Ajakirja_Uliopilasleht_toimetus, lk 35
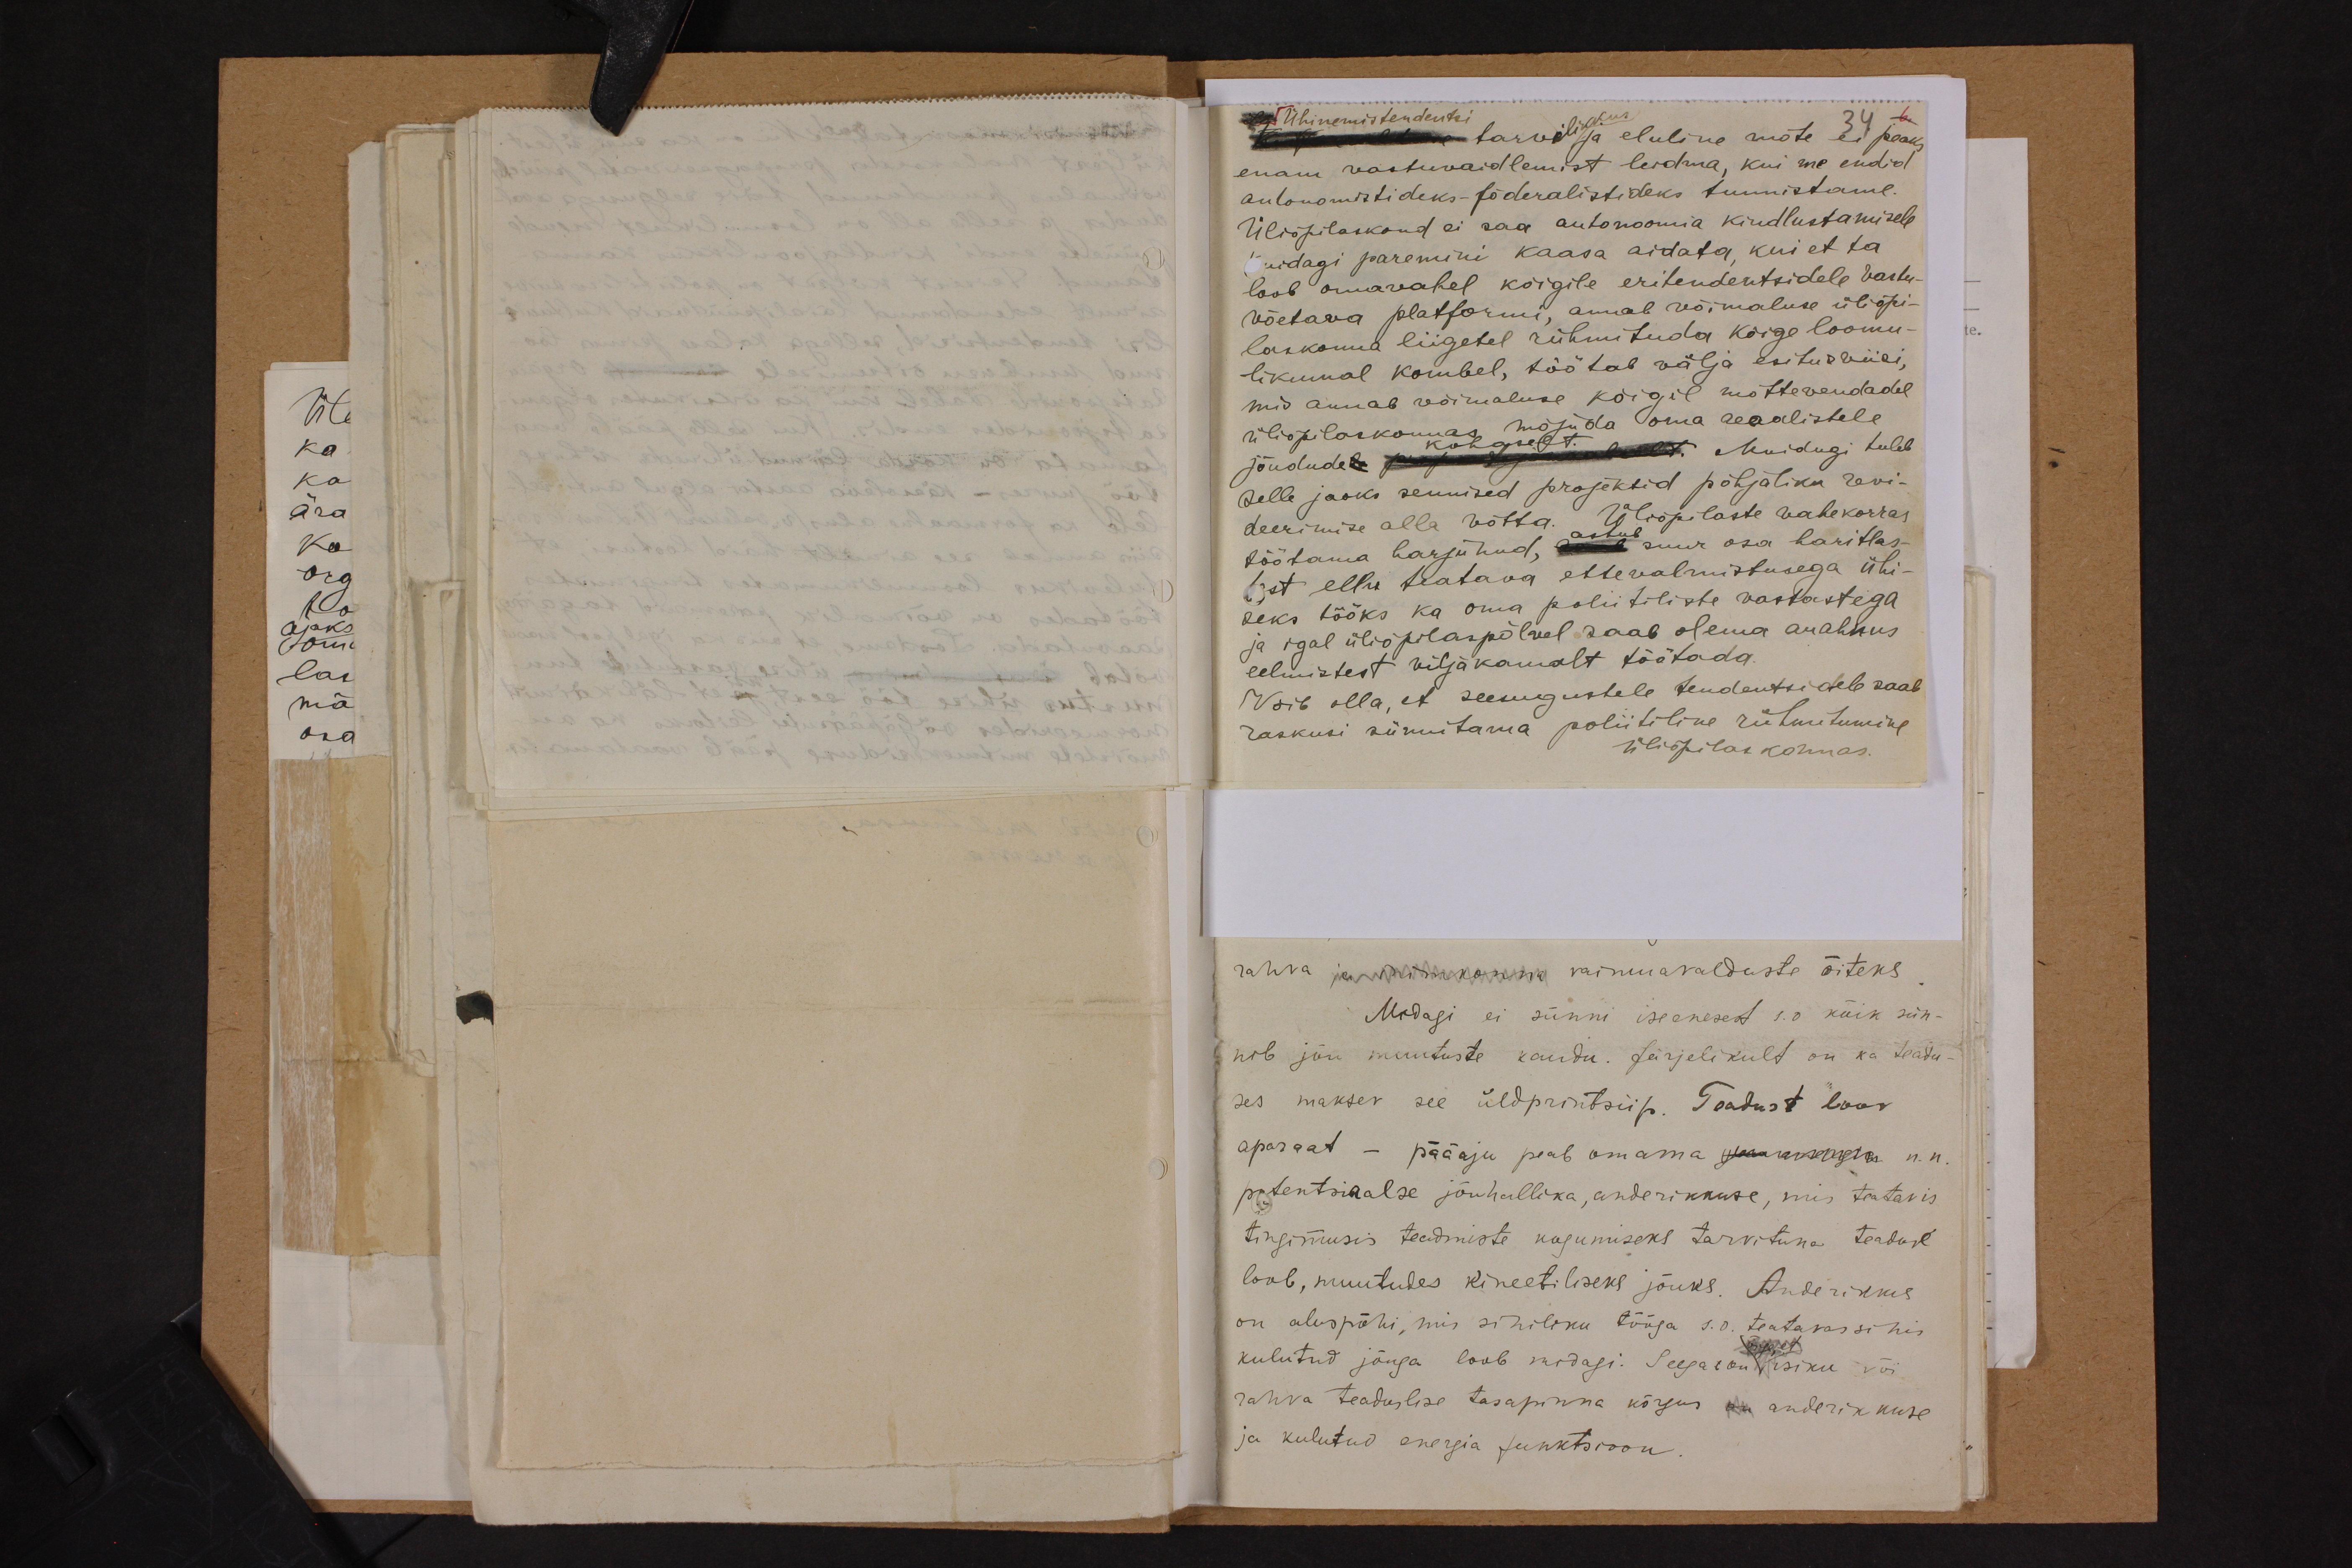
Ühinemistendentsi
kuulduse tarvilikus ja eluline mõte ei peaks
enam vastuvaidlemist leidma, kui me endid
autonomistideks-föderalistideks tunnistame.
Üliõpilaskond ei saa autonoomia kindlustamisele
kuidagi paremini kaasa aidata, kui et ta
loob omavahel kõigile eritendentsidele vastu-
võetava platformi, annab võimaluse üliõpi-
laskonna liigetel rühmituda kõige loomu-
likumal kombel, töötab välja esitusviisi,
mis annab võimaluse kõigil mõttevendadel
üliõpilaskonnas mõjuda oma reaalistele
jõudude kohaselt iulult. Muidugi tuleb
selle jaoks sennised projektid põhjaliku revi-
deerimise alla võtta. Üliõpilaste vahekorras
töötama harjunud, astub suur osa haritlas-
test ellu teatava ettevalmistusega ühi-
seks tööks ka oma poliitiliste vastastega.
ja igal üliõpilaspõlvel saab olema auahnus
eelmistest viljakamalt töötada.
Võib olla, et seesugustele tendentsidele saab
raskusi sünnitama poliitiline rühmitumine
Üliõpilaskonnas.